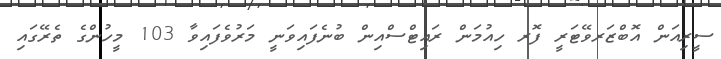
ސީރިއަން އޮބްޒަރވޭޓަރީ ފޮރ ހިއުމަން ރައިޓްސްއިން ބުނެފައިވަނީ މަރުވެފައިވާ 103 މީހުންގެ ތެރޭގައި